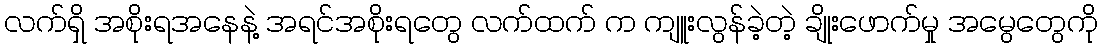
လက်ရှိ အစိုးရအနေနဲ့ အရင်အစိုးရတွေ လက်ထက် က ကျူးလွန်ခဲ့တဲ့ ချိုးဖောက်မှု အမွေတွေကို